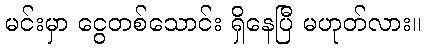
မင်းမှာ ငွေတစ်သောင်း ရှိနေပြီ မဟုတ်လား။